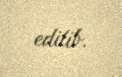
edilib.